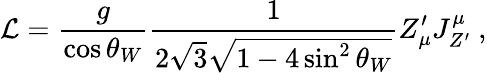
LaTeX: {\cal L}={\frac{g}{\cos\theta_{W}}}{\frac{1}{2\sqrt{3}\sqrt{1-4\sin^{2}\theta_{W}}}}Z_{\mu}^{\prime}J_{Z^{\prime}}^{\mu}\ ,